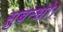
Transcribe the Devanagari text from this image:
सुबन्‍धो।